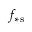
f _ { \ast \mathrm { s } }